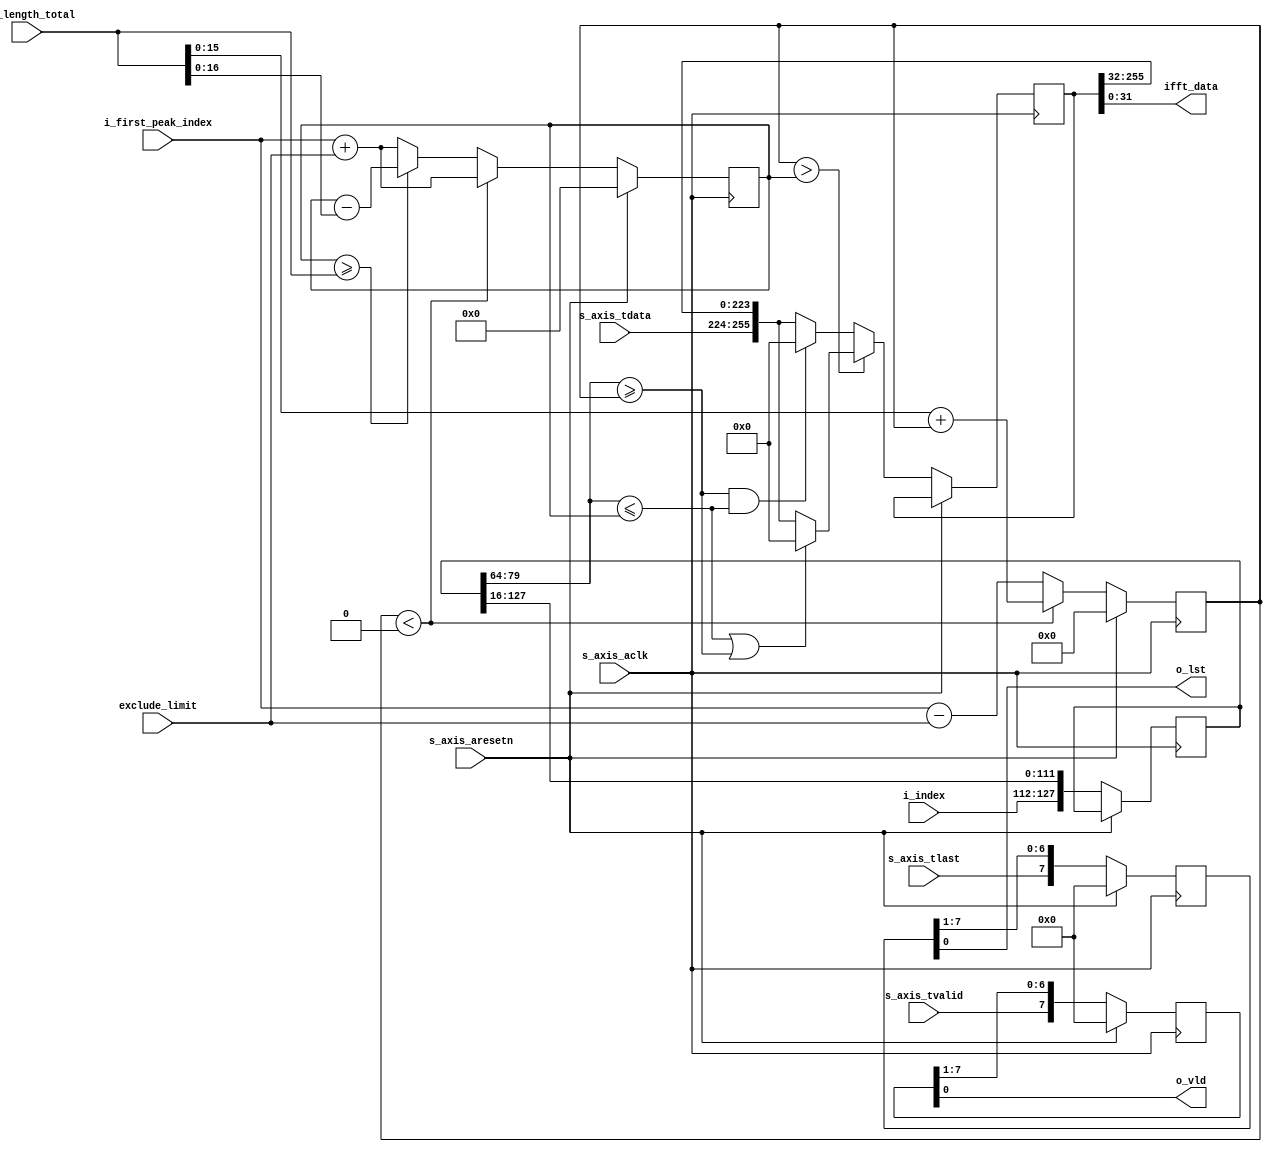
`timescale 1ns / 1ps
//////////////////////////////////////////////////////////////////////////////////
// Company: 
// Engineer: 
// 
// Design Name: 
// Module Name: second_peak_detector
// Project Name: 
// Target Devices: 
// Tool Versions: 
// Description: 
// 
// Dependencies: 
// 
// Revision:
// Revision 0.01 - File Created
// Additional Comments:
// 
//////////////////////////////////////////////////////////////////////////////////

module second_peak_detector #(
    parameter DSIZE = 32,
    parameter DSIZE_DIV2 = 16,
    parameter FFT_LENGTH_LOG2 = 16 )(
    input wire [DSIZE_DIV2 - 1:0] i_index,
    input wire [DSIZE_DIV2 - 1:0] i_first_peak_index,
    input wire s_axis_aclk,
    input wire s_axis_aresetn,
    input wire [DSIZE -1:0] s_axis_tdata,
    input wire s_axis_tvalid,
    input wire s_axis_tlast,
    input wire [DSIZE_DIV2 - 1:0] exclude_limit,
    input wire [DSIZE-1:0] fft_length_total,
   
    output wire  o_vld,
    output wire  o_lst,
    output wire [DSIZE - 1:0] ifft_data
    );


reg [DSIZE - 1:0] r_ifft_data;//1
reg [(DSIZE * 8) -1 :0] data_q;
reg [(FFT_LENGTH_LOG2 * 8) - 1:0] index_q;



reg [FFT_LENGTH_LOG2 - 1:0] r_index;
reg [FFT_LENGTH_LOG2 -1:0] exclude_range_index1;
reg [FFT_LENGTH_LOG2 :0] exclude_range_index2;

reg [7:0] r_shift_vld;
reg [7:0] r_shift_lst;


always @(posedge s_axis_aclk)begin
    if(s_axis_aresetn == 1'b1)begin
        r_ifft_data <= 0;
        exclude_range_index1 <= 0;
        exclude_range_index2 <= 0;
        r_index <= 0;
        r_shift_vld <= 0;
        r_shift_lst <= 0;
    end
    else begin
     r_shift_vld <= {s_axis_tvalid , r_shift_vld[7:1]};
     r_shift_lst <= {s_axis_tlast , r_shift_lst[7:1]};
     index_q <= {i_index, index_q[(FFT_LENGTH_LOG2 * 8) - 1 : (FFT_LENGTH_LOG2)]};
     exclude_range_index1 <= i_first_peak_index - exclude_limit;
     exclude_range_index2 <= (i_first_peak_index) + exclude_limit;
     data_q <= {s_axis_tdata, data_q[(DSIZE *8) - 1: DSIZE]};

      if (exclude_range_index1 < 'd0) begin// on the left most edge
        exclude_range_index1 <= fft_length_total + exclude_range_index1;
      end
      else if (exclude_range_index2 >= fft_length_total) begin//on the right most edge
        exclude_range_index2 <= exclude_range_index2 - (fft_length_total);
      end
    if ( exclude_range_index1 > exclude_range_index2)begin
        if( index_q[(FFT_LENGTH_LOG2)*5 -1:FFT_LENGTH_LOG2 * 4] <= exclude_range_index2  ||index_q[(FFT_LENGTH_LOG2)*5 -1:FFT_LENGTH_LOG2 * 4] >= exclude_range_index1) begin
            r_ifft_data <=0;
            data_q <= 0;
         end
     end
     else if (index_q[(FFT_LENGTH_LOG2)*5 -1:FFT_LENGTH_LOG2 * 4] >= exclude_range_index1 && index_q[(FFT_LENGTH_LOG2)*5 -1:FFT_LENGTH_LOG2 * 4] <= exclude_range_index2) begin
          r_ifft_data <= 0;
          data_q <= 0;
      end
      else begin
        r_ifft_data <= s_axis_tdata;

        end
    end

end
assign ifft_data = data_q[(DSIZE) - 1:0];
assign o_vld = r_shift_vld[0];
assign o_lst = r_shift_lst[0];

endmodule